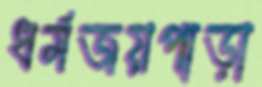
ধর্মজয়পাড়া